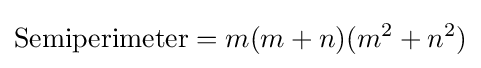
{\text{Semiperimeter}}=m(m+n)(m^{2}+n^{2})